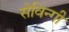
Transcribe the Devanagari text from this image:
सेविन्गी